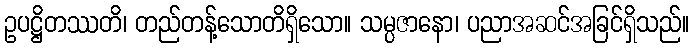
ဥပဋ္ဌိတဿတိ၊ တည်တန့်သောတိရှိသော။ သမ္ပဇာနော၊ ပညာအဆင်အခြင်ရှိသည်။